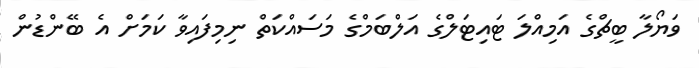
ވަޔޯލާ ބީޗްގެ އަމިއްލަ ޓައިޓަލްގެ އަލްބަމްގެ މަސައްކަތް ނިމިފައިވާ ކަމަށް އެ ބޭންޑުން